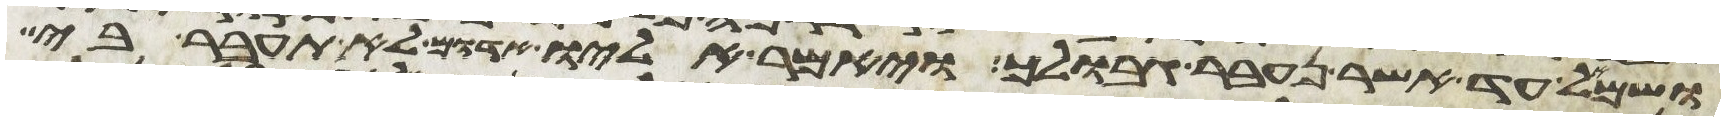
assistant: ושמאל עד אשר נעבר גבולך ויאמר אליו אדום לא תעבר בי